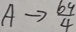
A \rightarrow \frac { 6 9 } { 4 }